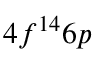
4 f ^ { 1 4 } 6 p